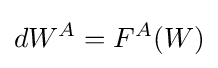
dW^{A}=F^{A}(W)